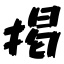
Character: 掲